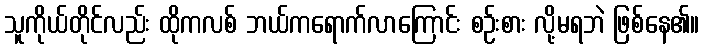
သူကိုယ်တိုင်လည်း ထိုကလစ် ဘယ်ကရောက်လာကြောင်း စဉ်းစား လို့မရဘဲ ဖြစ်နေ၏။